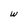
Character: w